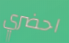
احضري